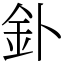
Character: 釙